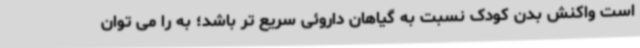
است واکنش بدن کودک نسبت به گیاهان داروئی سریع تر باشد؛ به را می توان